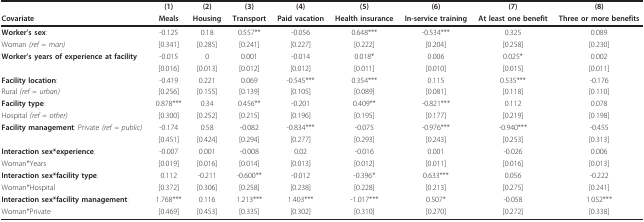
<table><thead><tr><td>[EMPTY_CELL]</td><td><b>(1)</b></td><td><b>(2)</b></td><td><b>(3)</b></td><td><b>(4)</b></td><td><b>(5)</b></td><td><b>(6)</b></td><td><b>(7)</b></td><td><b>(8)</b></td></tr><tr><td><b>Covariate</b></td><td><b>Meals</b></td><td><b>Housing</b></td><td><b>Transport</b></td><td><b>Paid vacation</b></td><td><b>Health insurance</b></td><td><b>In-service training</b></td><td><b>At least one benefit</b></td><td><b>Three or more benefits</b></td></tr></thead><tbody><tr><td><b>Worker's sex</b>:</td><td>-0.125</td><td>0.18</td><td>0.557**</td><td>-0.056</td><td>0.648***</td><td>-0.534***</td><td>0.325</td><td>0.089</td></tr><tr><td>Woman <i>(ref = man)</i></td><td>[0.341]</td><td>[0.285]</td><td>[0.241]</td><td>[0.227]</td><td>[0.222]</td><td>[0.204]</td><td>[0.258]</td><td>[0.230]</td></tr><tr><td><b>Worker's years of experience at facility</b></td><td>-0.015</td><td>0</td><td>0.001</td><td>-0.014</td><td>0.018*</td><td>0.006</td><td>0.025*</td><td>0.002</td></tr><tr><td>[EMPTY_CELL]</td><td>[0.016]</td><td>[0.013]</td><td>[0.012]</td><td>[0.012]</td><td>[0.011]</td><td>[0.010]</td><td>[0.015]</td><td>[0.011]</td></tr><tr><td><b>Facility location</b>:</td><td>-0.419</td><td>0.221</td><td>0.069</td><td>-0.545***</td><td>0.354***</td><td>0.115</td><td>0.535***</td><td>-0.176</td></tr><tr><td>Rural <i>(ref = urban)</i></td><td>[0.256]</td><td>[0.155]</td><td>[0.139]</td><td>[0.105]</td><td>[0.089]</td><td>[0.081]</td><td>[0.118]</td><td>[0.110]</td></tr><tr><td><b>Facility type</b>:</td><td>0.878***</td><td>0.34</td><td>0.456**</td><td>-0.201</td><td>0.409**</td><td>-0.821***</td><td>0.112</td><td>0.078</td></tr><tr><td>Hospital <i>(ref = other)</i></td><td>[0.300]</td><td>[0.252]</td><td>[0.215]</td><td>[0.196]</td><td>[0.195]</td><td>[0.177]</td><td>[0.219]</td><td>[0.198]</td></tr><tr><td><b>Facility management</b>: Private <i>(ref = public)</i></td><td>-0.174</td><td>0.58</td><td>-0.082</td><td>-0.834***</td><td>-0.075</td><td>-0.976***</td><td>-0.940***</td><td>-0.455</td></tr><tr><td>[EMPTY_CELL]</td><td>[0.451]</td><td>[0.424]</td><td>[0.294]</td><td>[0.277]</td><td>[0.293]</td><td>[0.243]</td><td>[0.253]</td><td>[0.313]</td></tr><tr><td><b>Interaction sex*experience</b>:</td><td>-0.007</td><td>0.001</td><td>-0.008</td><td>0.02</td><td>-0.016</td><td>0.001</td><td>-0.026</td><td>0.006</td></tr><tr><td>Woman*Years</td><td>[0.019]</td><td>[0.016]</td><td>[0.014]</td><td>[0.013]</td><td>[0.012]</td><td>[0.011]</td><td>[0.016]</td><td>[0.013]</td></tr><tr><td><b>Interaction sex*facility type</b>:</td><td>0.112</td><td>-0.211</td><td>-0.600**</td><td>-0.012</td><td>-0.396*</td><td>0.633***</td><td>0.056</td><td>-0.222</td></tr><tr><td>Woman*Hospital</td><td>[0.372]</td><td>[0.306]</td><td>[0.258]</td><td>[0.238]</td><td>[0.228]</td><td>[0.213]</td><td>[0.275]</td><td>[0.241]</td></tr><tr><td><b>Interaction sex*facility management</b>:</td><td>1.768***</td><td>0.116</td><td>1.213***</td><td>1.403***</td><td>-1.017***</td><td>0.507*</td><td>-0.058</td><td>1.052***</td></tr><tr><td>Woman*Private</td><td>[0.469]</td><td>[0.453]</td><td>[0.335]</td><td>[0.302]</td><td>[0.310]</td><td>[0.270]</td><td>[0.272]</td><td>[0.338]</td></tr></tbody></table>